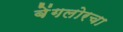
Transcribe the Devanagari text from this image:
बेंगलोरचा